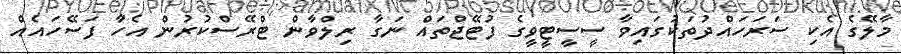
މާލޭގެ އެކި ސަރަހައްދުތަކުގައިވާ ސީސީޓީވީގެ ފުޓޭޖްތައް ނަގާ ރިލްވާން ޓްރޭސްކުރުން އެހާ ފަސޭހައެއް